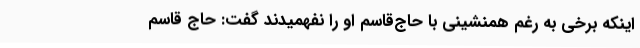
اینکه برخی به رغم همنشینی با حاج‌قاسم او را نفهمیدند گفت: حاج قاسم